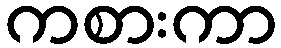
ကစားကာ